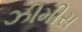
ઝીમીસ